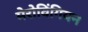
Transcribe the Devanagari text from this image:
मेरोविंगियन